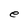
Character: e